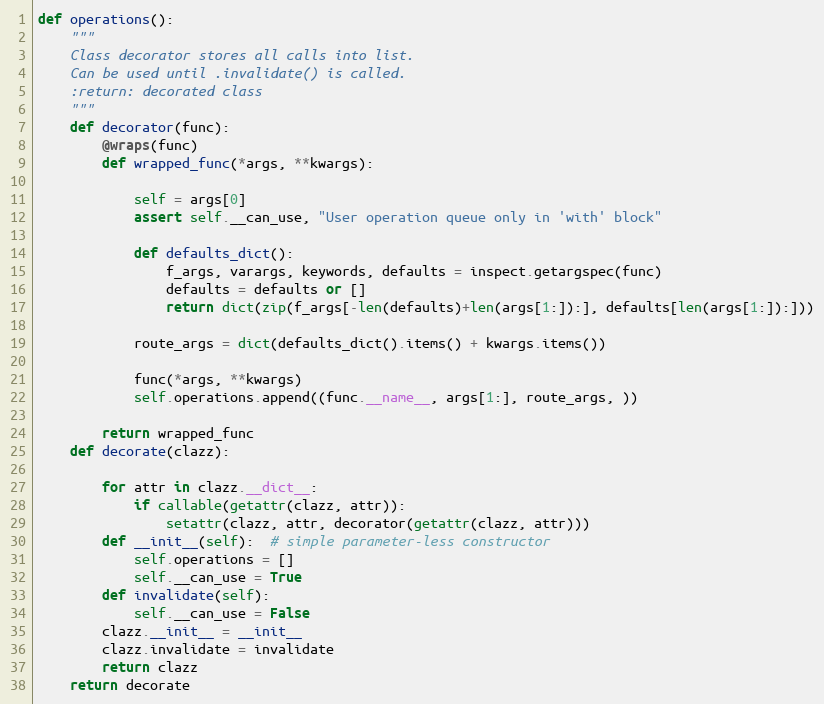
Language: Python
def operations():
    """
    Class decorator stores all calls into list.
    Can be used until .invalidate() is called.
    :return: decorated class
    """
    def decorator(func):
        @wraps(func)
        def wrapped_func(*args, **kwargs):

            self = args[0]
            assert self.__can_use, "User operation queue only in 'with' block"

            def defaults_dict():
                f_args, varargs, keywords, defaults = inspect.getargspec(func)
                defaults = defaults or []
                return dict(zip(f_args[-len(defaults)+len(args[1:]):], defaults[len(args[1:]):]))

            route_args = dict(defaults_dict().items() + kwargs.items())

            func(*args, **kwargs)
            self.operations.append((func.__name__, args[1:], route_args, ))

        return wrapped_func
    def decorate(clazz):

        for attr in clazz.__dict__:
            if callable(getattr(clazz, attr)):
                setattr(clazz, attr, decorator(getattr(clazz, attr)))
        def __init__(self):  # simple parameter-less constructor
            self.operations = []
            self.__can_use = True
        def invalidate(self):
            self.__can_use = False
        clazz.__init__ = __init__
        clazz.invalidate = invalidate
        return clazz
    return decorate